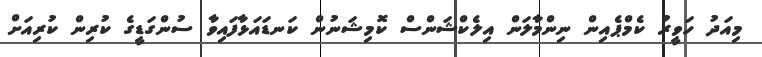
މިއަދު ހަވީރު ކެމްޕެއިން ނިންމާލަން އިލެކްޝަންސް ކޮމިޝަނުން ކަނޑައަޅާފައިވާ ސުންގަޑީގެ ކުރިން ކުރިއަށް